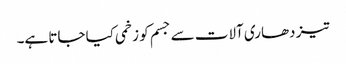
تیز دھاری آلات سے جسم کو زخمی کیا جاتا ہے۔